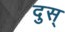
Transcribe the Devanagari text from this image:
दुस्